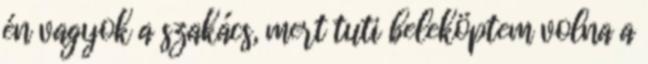
én vagyok a szakács, mert tuti beleköptem volna a